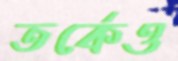
তর্কেও